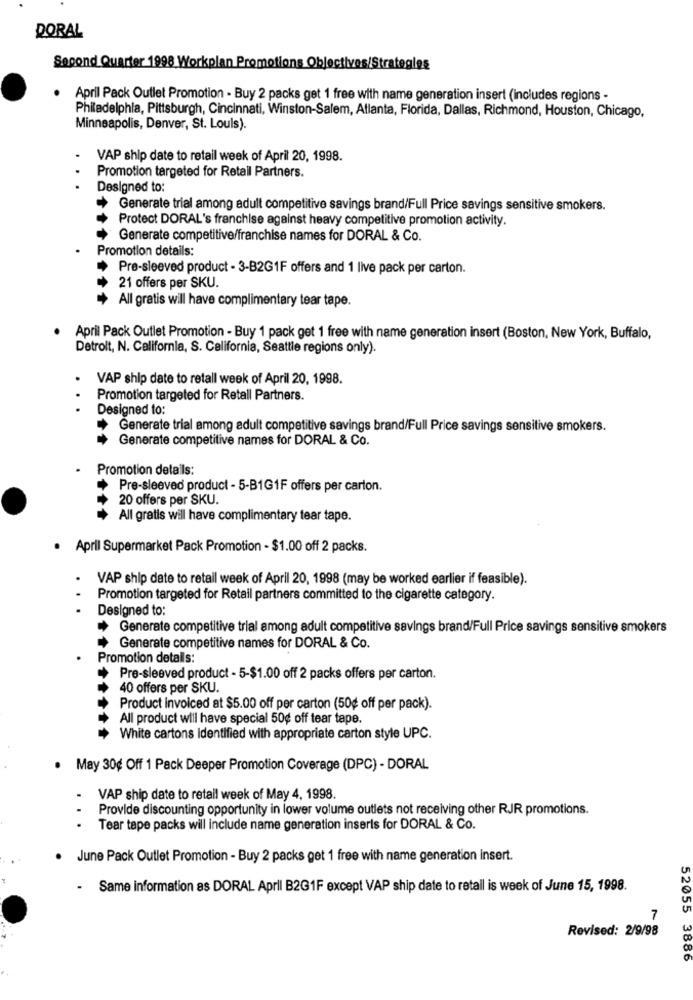
DORAL
Second Quarter 1998 Workplan Promotions Objectives/Strategies
. April Pack Outlet Promotion - Buy 2 packs get 1 free with name generation insert (includes regions -
Philadelphia, Pittsburgh, Cincinnati, Winston-Salem, Atlanta, Florida, Dallas, Richmond, Houston, Chicago,
Minneapolis, Denver, St. Louis).
VAP ship date to retail week of April 20, 1998.
Promotion targeted for Retail Partners.
Designed to:
Generate trial among adult competitive savings brand/Full Price savings sensitive smokers.
Protect DORAL's franchise against heavy competitive promotion activity.
Generate competitive/franchise names for DORAL & Co.
Promotion details:
Pre-sleeved product - 3-B2G1F offers and 1 live pack per carton.
21 offers per SKU.
All gratis will have complimentary tear tape.
April Pack Outlet Promotion - Buy 1 pack get 1 free with name generation insert (Boston, New York, Buffalo,
Detrolt, N. California, S. California, Seattle regions only).
VAP ship date to retall week of April 20, 1998.
Promotion targeted for Retall Partners.
...
Designed to:
Generate trial among adult competitive savings brand/Full Price savings sensitive smokers.
Generate competitive names for DORAL & Co.
Promotion details:
Pre-sleeved product - 5-B1G1F offers per carton.
20 offers per SKU.
All gratis will have complimentary tear tape.
. April Supermarket Pack Promotion - $1.00 off 2 packs.
VAP ship date to retail week of April 20, 1998 (may be worked earlier if feasible).
Promotion targeted for Retail partners committed to the cigarette category.
Designed to:
Generate competitive trial among adult competitive savings brand/Full Price savings sensitive smokers
Generate competitive names for DORAL & Co.
Promotion detalls:
Pre-sleeved product - 5-$1.00 off 2 packs offers per carton.
40 offers per SKU.
Product invoiced at $5.00 off per carton (50g off per pack).
All product will have special 50¢ off tear tape.
White cartons Identified with appropriate carton style UPC.
· May 30¢ Off 1 Pack Deeper Promotion Coverage (DPC) - DORAL
VAP ship date to retail week of May 4, 1998.
. .
Provide discounting opportunity in lower volume outlets not receiving other RJR promotions.
Tear tape packs will include name generation inserts for DORAL & Co.
.
June Pack Outlet Promotion - Buy 2 packs get 1 free with name generation insert.
.
Same information as DORAL April B2G1F except VAP ship date to retall is week of June 15, 1998.
7
Revised: 2/9/98
52055 3886